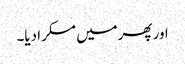
اور پھرمیں مسکرا دیا۔